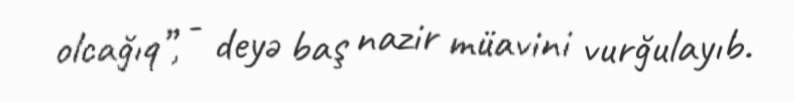
olcağıq”, - deyə baş nazir müavini vurğulayıb.